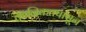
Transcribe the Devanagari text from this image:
कालिकतपासून